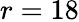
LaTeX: r=18